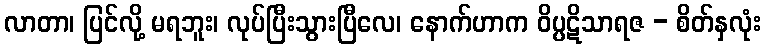
လာတာ၊ ပြင်လို့ မရဘူး၊ လုပ်ပြီးသွားပြီလေ၊ နောက်ဟာက ဝိပ္ပဋိသာရဇ - စိတ်နှလုံး